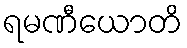
ရမဏီယောတိ